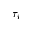
\tau _ { i }